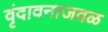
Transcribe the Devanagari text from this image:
वृंदावनाजवळ